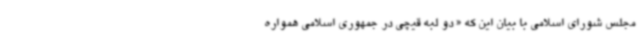
مجلس شورای اسلامی با بیان این که « دو لبه قیچی در جمهوری اسلامی همواره